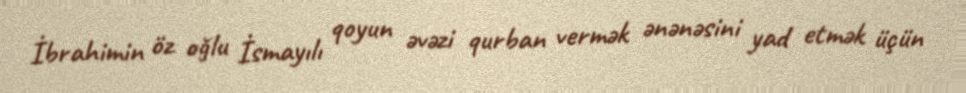
İbrahimin öz oğlu İsmayılı qoyun əvəzi qurban vermək ənənəsini yad etmək üçün